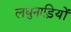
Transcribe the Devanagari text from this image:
लघुनाड़ियों